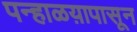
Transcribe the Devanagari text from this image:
पन्हाळय़ापासून